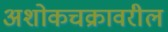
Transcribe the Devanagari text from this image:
अशोकचक्रावरील